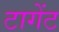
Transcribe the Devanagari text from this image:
टागेंट